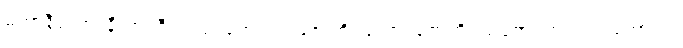
မဟာနီလော၊ နီလာကြီးလည်းကောင်း။ ဇောတိရသော၊ ဇောတိရသ်ကျောက်လည်းကောင်း။